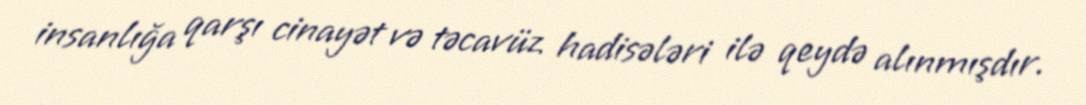
insanlığa qarşı cinayət və təcavüz hadisələri ilə qeydə alınmışdır.